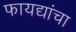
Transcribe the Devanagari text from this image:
फायद्यांचा